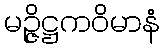
မဉ္ဇိဋ္ဌကဝိမာနံ